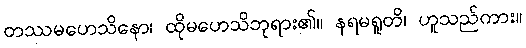
တဿမဟေသိနော၊ ထိုမဟေသိဘုရား၏။ နရမရူတိ၊ ဟူသည်ကား။